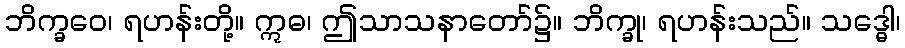
ဘိက္ခဝေ၊ ရဟန်းတို့။ ဣဓ၊ ဤသာသနာတော်၌။ ဘိက္ခု၊ ရဟန်းသည်။ သဒ္ဓေါ၊